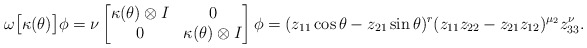
\begin{align*}\omega\big[\kappa(\theta)\big]\phi=\nu\begin{bmatrix} \kappa(\theta)\otimes I & 0 \\ 0 & \kappa(\theta)\otimes I \end{bmatrix}\phi=(z_{11}\cos\theta -z_{21}\sin\theta )^r(z_{11}z_{22}-z_{21}z_{12})^{\mu_2}z_{33}^\nu.\end{align*}